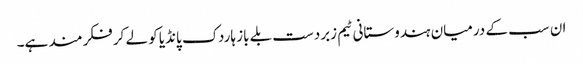
ان سب کے درمیان ہندوستانی ٹیم زبردست بلے باز ہاردک پانڈیا کو لے کر فکرمند ہے۔